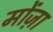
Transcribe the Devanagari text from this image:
मोंज़ा